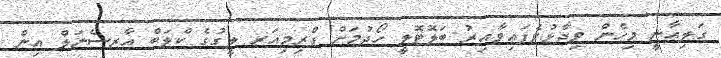
ގަލިއާނީ މިހެން ވިދާޅުވެފައިވާއިރު ބަލޮޓޮލީ ހޯދުމަށް ޕްރިމިއަރ ލީގުގެ ކްލަބް އާރސެނަލް އިން